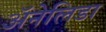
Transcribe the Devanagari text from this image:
ॲनेलिडा